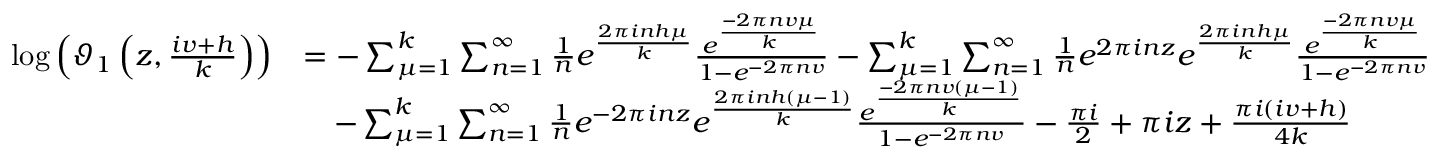
\begin{array} { r l } { \log \left( \vartheta _ { 1 } \left( z , \frac { i v + h } { k } \right) \right) } & { = - \sum _ { \mu = 1 } ^ { k } \sum _ { n = 1 } ^ { \infty } \frac { 1 } { n } e ^ { \frac { 2 \pi i n h \mu } { k } } \frac { e ^ { \frac { - 2 \pi n v \mu } { k } } } { 1 - e ^ { - 2 \pi n v } } - \sum _ { \mu = 1 } ^ { k } \sum _ { n = 1 } ^ { \infty } \frac { 1 } { n } e ^ { 2 \pi i n z } e ^ { \frac { 2 \pi i n h \mu } { k } } \frac { e ^ { \frac { - 2 \pi n v \mu } { k } } } { 1 - e ^ { - 2 \pi n v } } } \\ & { ~ ~ ~ - \sum _ { \mu = 1 } ^ { k } \sum _ { n = 1 } ^ { \infty } \frac { 1 } { n } e ^ { - 2 \pi i n z } e ^ { \frac { 2 \pi i n h ( \mu - 1 ) } { k } } \frac { e ^ { \frac { - 2 \pi n v \left( \mu - 1 \right) } { k } } } { 1 - e ^ { - 2 \pi n v } } - \frac { \pi i } { 2 } + \pi i z + \frac { \pi i ( i v + h ) } { 4 k } } \end{array}